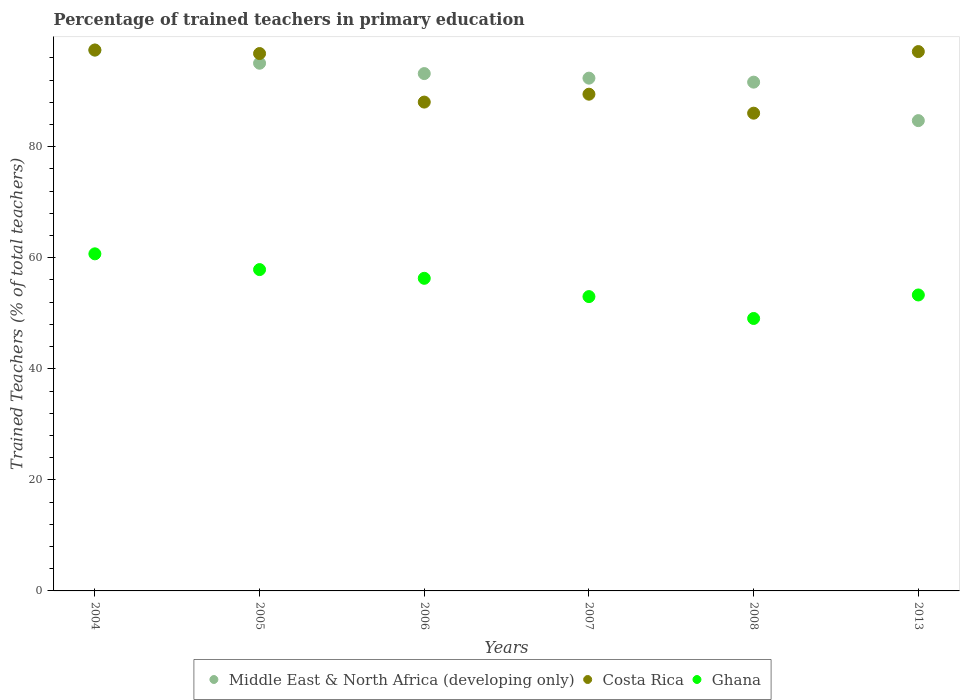
| Years | Middle East & North Africa (developing only) | Costa Rica | Ghana |
 | --- | --- | --- | --- |
 | 2004 | 97.4 | 97.4 | 60.7 |
 | 2005 | 95 | 96.8 | 57.9 |
 | 2006 | 93.2 | 88 | 56.3 |
 | 2007 | 92.4 | 89.5 | 53 |
 | 2008 | 91.6 | 86 | 49.1 |
 | 2013 | 84.7 | 97.1 | 53.3 |